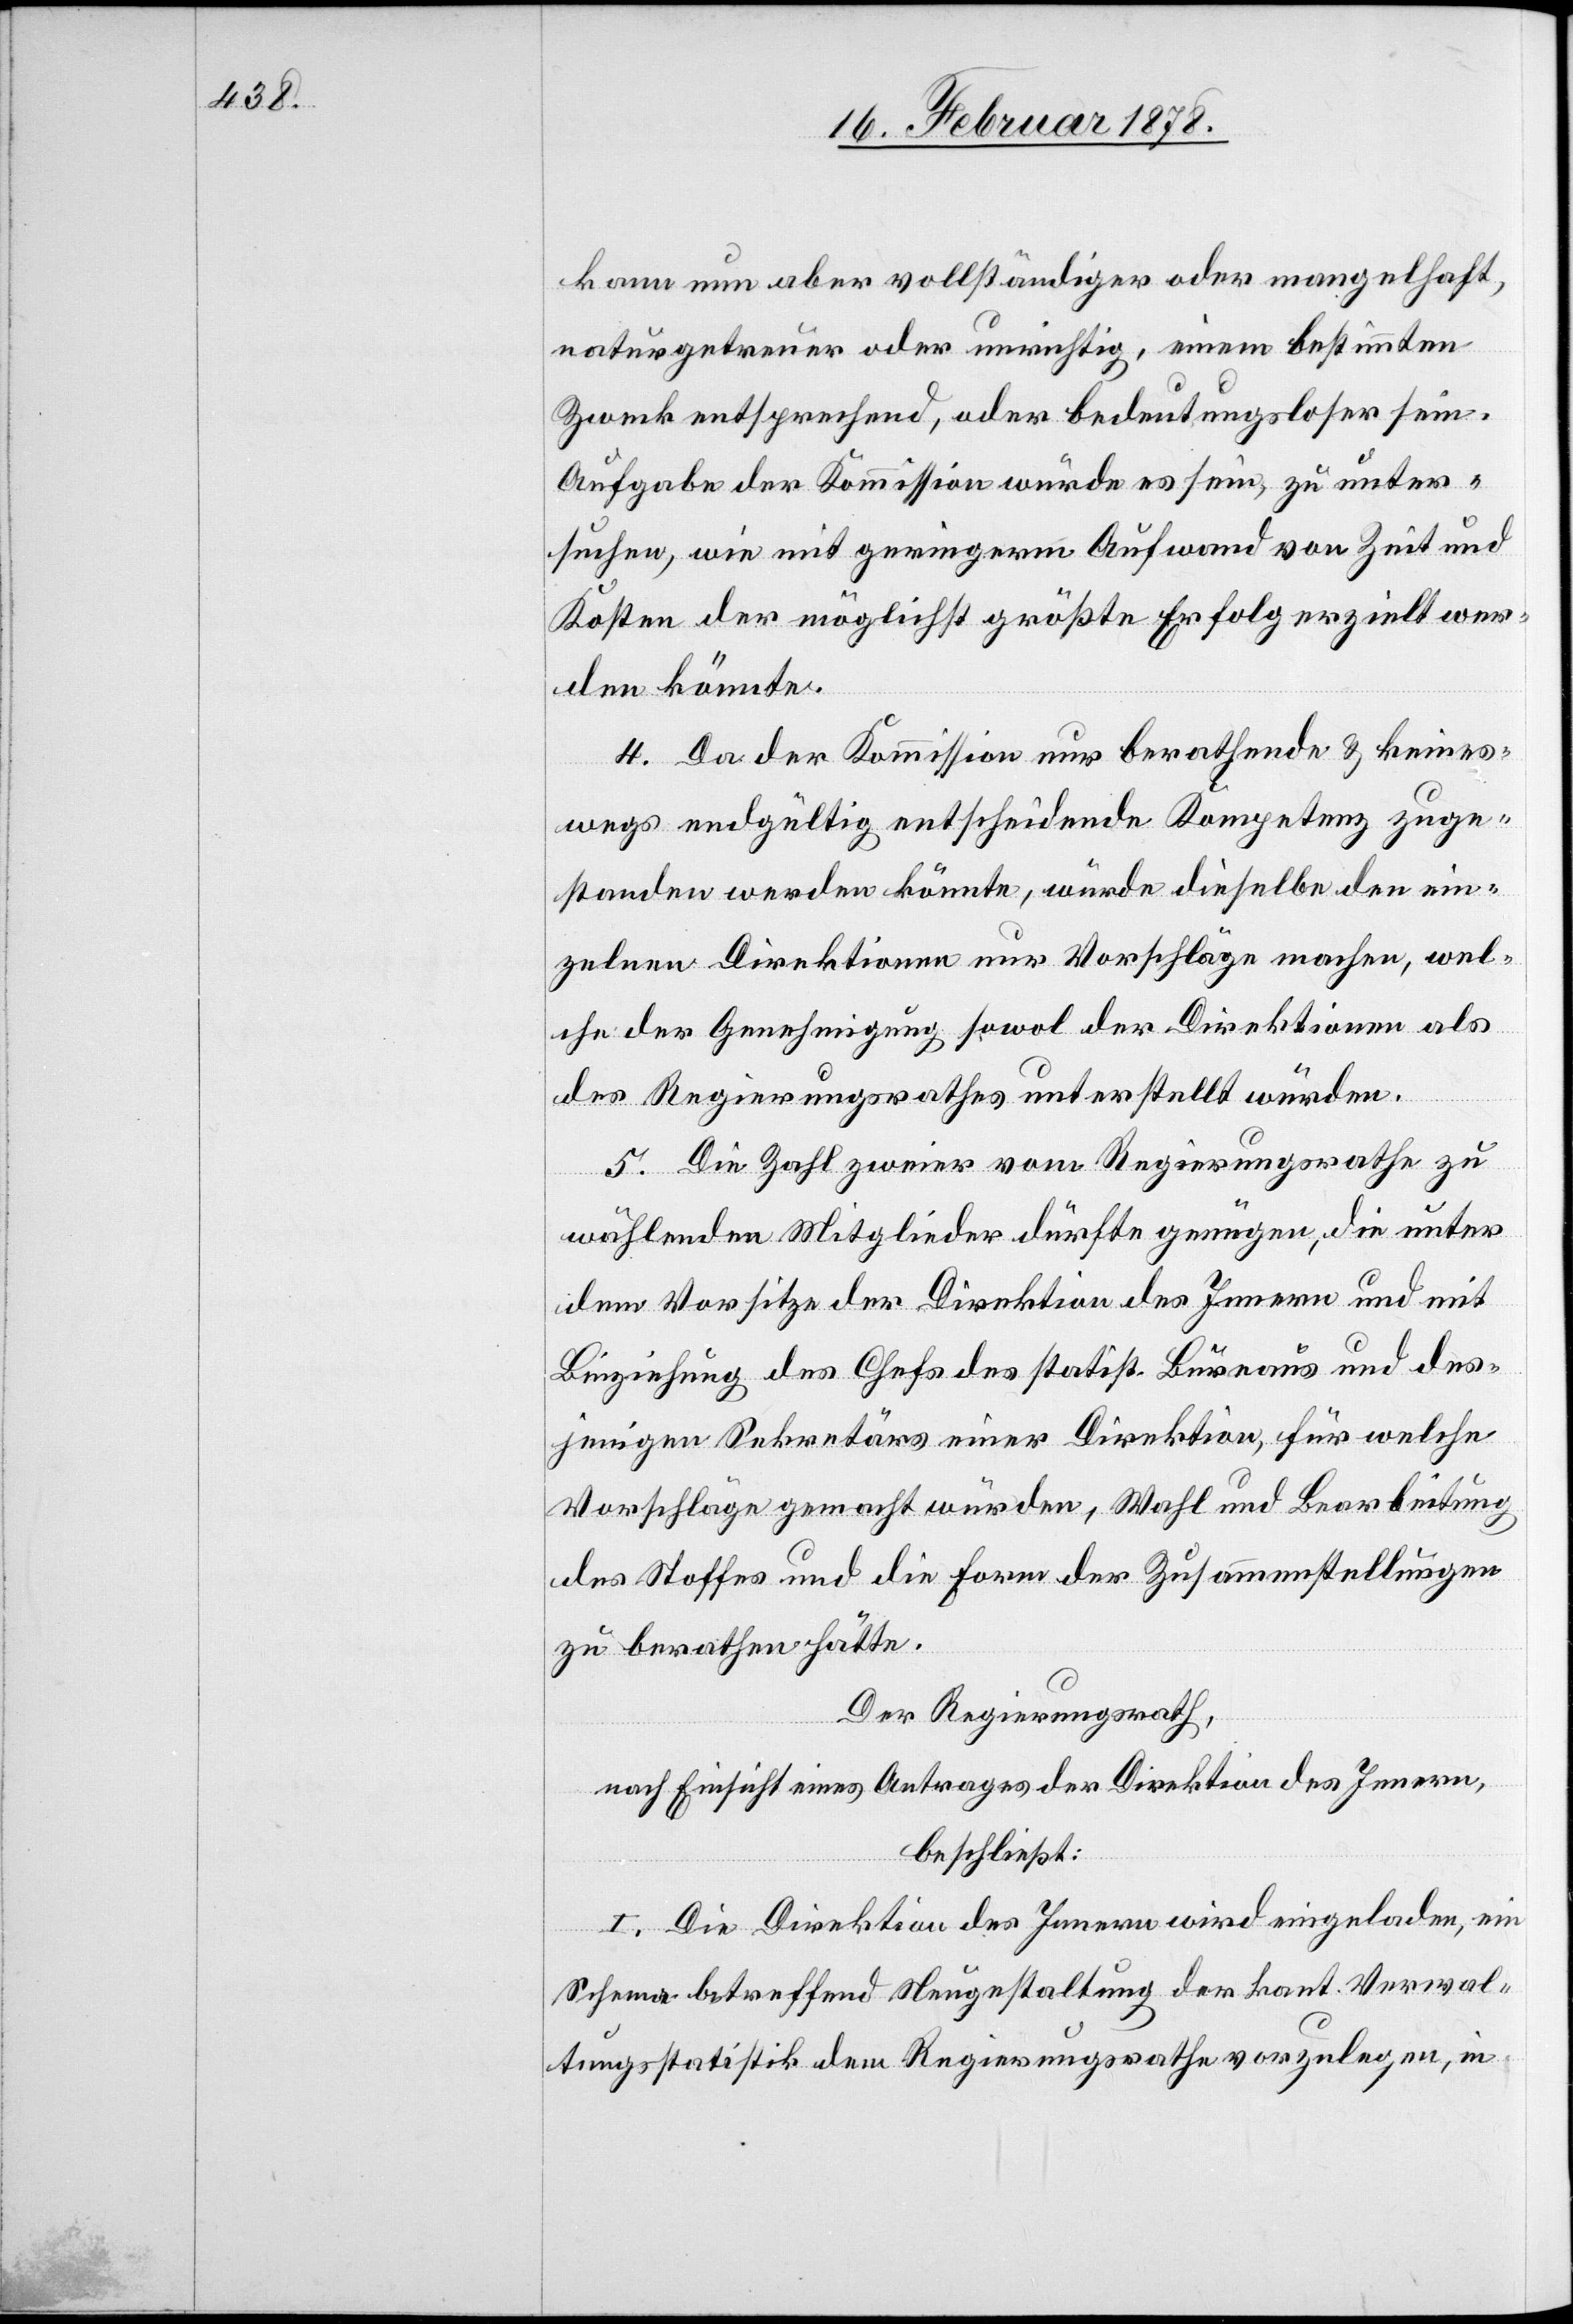
kann nun aber vollständiger oder mangelhaft,
naturgetreuer oder unrichtig, einem bestimmten
Zweck entsprechend, oder bedeutungslos sein.
Aufgabe der Kommission würde es sein, zu unter¬
suchen, wie mit gerigerm Aufwand von Zeit und
Kosten der möglichst größte Erfolg erzielt wer¬
den könnte.
4. Da der Kommission nur berathende & keines¬
wegs endgültig entscheidende Kompetenz zuge¬
standen werden könnte, würde dieselbe den ein¬
zelnen Direktionen nur Vorschläge machen, wel¬
che der Genehmigung sowol der Direktionen als
des Regierungsrathes unterstellt würden.
5. Die Zahl zweier vom Regierungsrath zu
wählenden Mitglieder dürfte genügen, die unter
dem Vorsitze der Direktion des Innern und mit
Beiziehung des Chefs des statist. Büreaus und des¬
jenigen Sekretärs einer Direktion, für welche
Vorschläge gemacht würden, Wahl und Bearbeitung
des Stoffes und die Form der Zusammenstellungen
zu berathen hätte.
Der Regierungsrath,
nach Einsicht eines Antrages der Direktion des Innern,
beschließt:
I. Die Direktion des Innern wird eingeladen, ein
Schema betreffend Neugestaltung der kant. Verwal¬
tungsstatistik dem Regierungsrathe vorzulegen, in